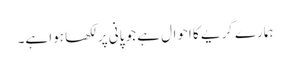
ہمارے گریے کا احوال ہے جو پانی پر لکھا ہوا ہے۔